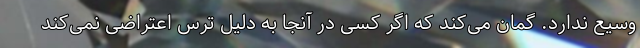
وسیع ندارد. گمان می‌کند که اگر کسی در آنجا به دلیل ترس اعتراضی نمی‌کند